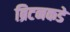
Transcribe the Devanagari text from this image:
ब्रिटनकडे